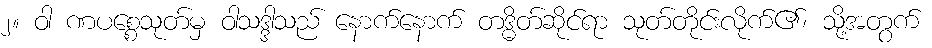
၂။ ဝါ ဏပစ္စေသုတ်မှ ဝါသဒ္ဒါသည် နောက်နောက် တဒ္ဓိတ်ဆိုင်ရာ သုတ်တိုင်းလိုက်၏၊ သို့အတွက်